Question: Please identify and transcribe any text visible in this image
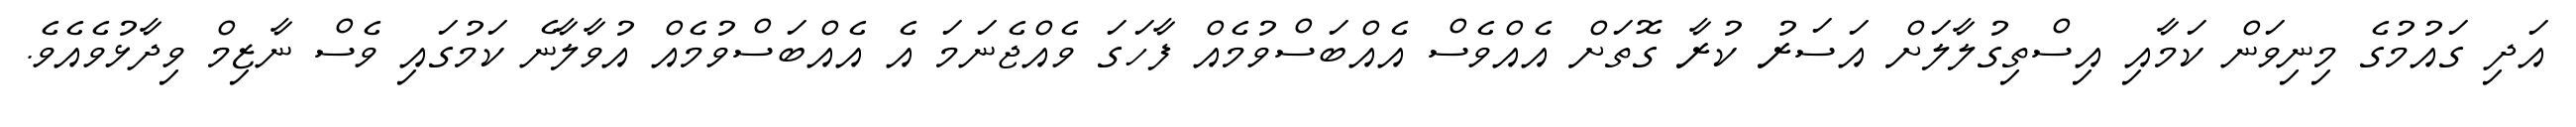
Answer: އަދި ގައުމުގެ މިނިވަން ކަމާއި އިސްތިގުލާލަށް އަސަރު ކުރާ ގޮތަށް އެއްވެސް އެއްބަސްވުމެއް ފާހަގަ ވެއްޖެނަމަ އެ އެއްބަސްވުމެއް އުވާލާނެ ކަމުގައި ވެސް ނާޒިމް ވިދާޅުވެއެވެ.